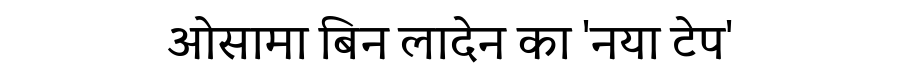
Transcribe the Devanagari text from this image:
ओसामा बिन लादेन का 'नया टेप'